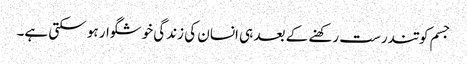
جسم کو تندرست رکھنے کے بعد ہی انسان کی زندگی خوشگوار ہو سکتی ہے۔